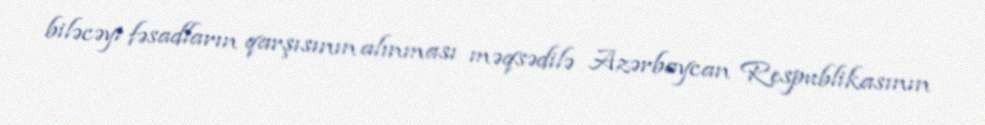
biləcəyi fəsadların qarşısının alınması məqsədilə Azərbaycan Respublikasının